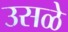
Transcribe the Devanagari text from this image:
उसळे